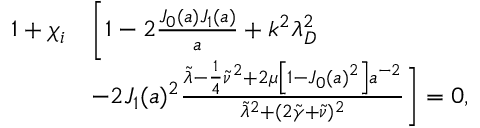
\begin{array} { r l } { 1 + \chi _ { i } } & { \bigg [ 1 - 2 \frac { J _ { 0 } ( a ) J _ { 1 } ( a ) } { a } + k ^ { 2 } \lambda _ { D } ^ { 2 } } \\ & { - 2 J _ { 1 } ( a ) ^ { 2 } \frac { \tilde { \lambda } - \frac { 1 } { 4 } \tilde { \nu } ^ { 2 } + 2 \mu \left[ 1 - J _ { 0 } ( a ) ^ { 2 } \right] a ^ { - 2 } } { \tilde { \lambda } ^ { 2 } + ( 2 \tilde { \gamma } + \tilde { \nu } ) ^ { 2 } } \bigg ] = 0 , } \end{array}